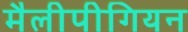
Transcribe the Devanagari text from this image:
मैलीपीगियन